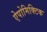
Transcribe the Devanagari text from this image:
ऐपोमिक्टिक